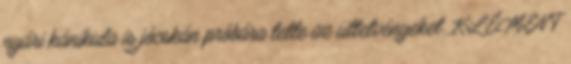
nyári kánikula is jócskán próbára tette az ültetvényeket. KLÉMENT